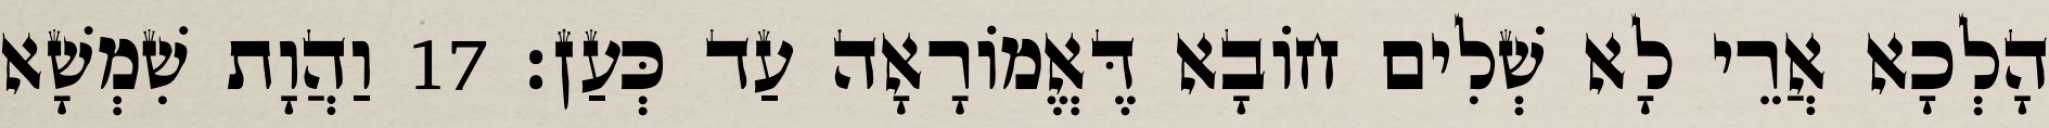
הָלְכָא אֲרֵי לָא שְׁלִים חוֹבָא דֶּאֱמוֹרָאָה עַד כְּעַן׃ 17 וַהֲוָת שִׁמְשָׁא